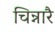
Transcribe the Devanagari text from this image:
चिन्नारै